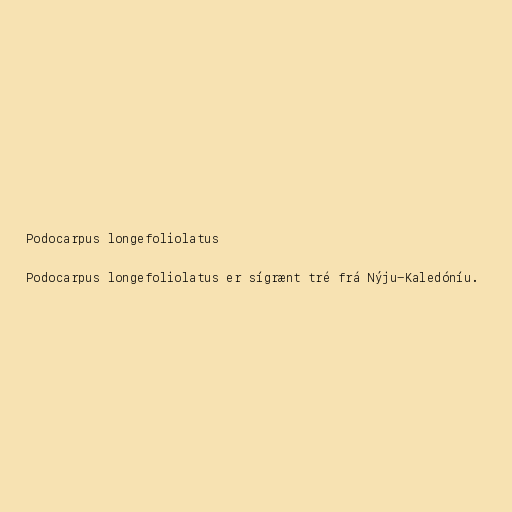
Podocarpus longefoliolatus

Podocarpus longefoliolatus er sígrænt tré frá Nýju-Kaledóníu.